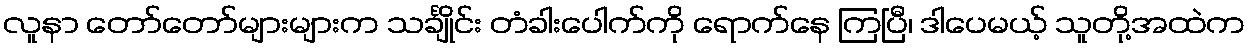
လူနာ တော်တော်များများက သင်္ချိုင်း တံခါးပေါက်ကို ရောက်နေ ကြပြီ၊ ဒါပေမယ့် သူတို့အထဲက